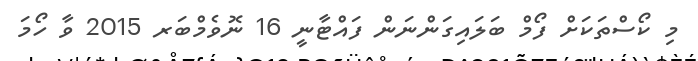
މި ކޯސްތަކަށް ފޯމް ބަލައިގަންނަން ފައްޓާނީ 16 ނޮވެމްބަރ 2015 ވާ ހޯމަ